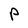
Character: P